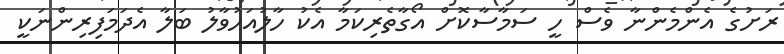
ރަށުގެ އެންމެންނާ ވެސް ހީ ސަމާސާކޮށް އޯގާތެރިކަމާ އެކު ހާލުއަހުވާލު ބަލާ އެދަމަފިރިންނަކީ